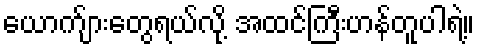
ယောက်ျားတွေရယ်လို့ အထင်ကြီးဟန်တူပါရဲ့။